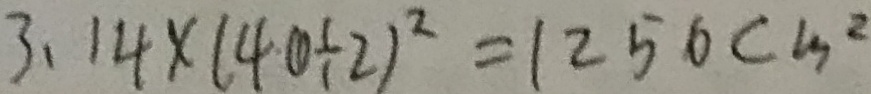
3 . 1 4 \times ( 4 0 \div 2 ) ^ { 2 } = 1 2 5 6 c m ^ { 2 }